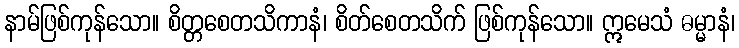
နာမ်ဖြစ်ကုန်သော။ စိတ္တစေတသိကာနံ၊ စိတ်စေတသိက် ဖြစ်ကုန်သော။ ဣမေသံ ဓမ္မာနံ၊